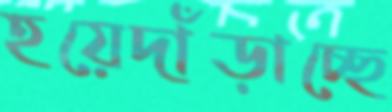
হয়েদাঁড়াচ্ছে